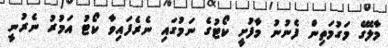
މާލޭގެ މަގުމަތިން ފެނުނު މާފުށީ ކޯޓުގެ ނަމުގައި ނެރެފައިވާ ކޯޓު އަމުރު ނެރުނީ